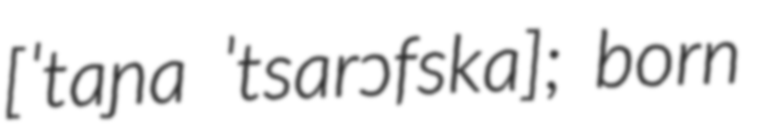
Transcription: [ˈtaɲa ˈtsarɔfska]; born